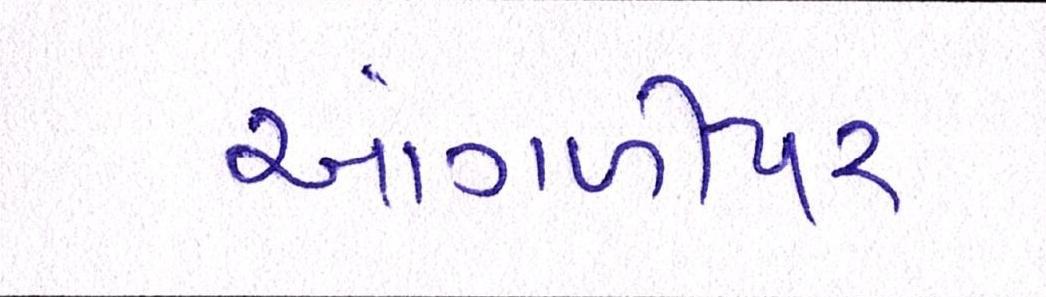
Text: આંગળીપર